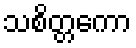
သစိတ္တကော